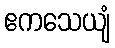
ဧကသေယျံ